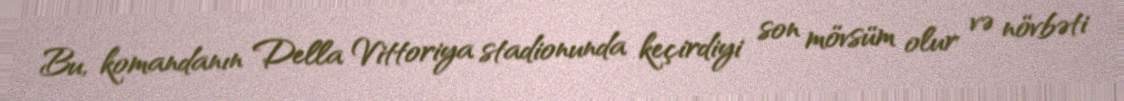
Bu, komandanın Della Vittoriya stadionunda keçirdiyi son mövsüm olur və növbəti